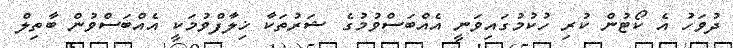
ދުވަހު އެ ކޯޓުން ކުރި ހުކުމުގައިވަނީ އެއްބަސްވުމުގެ ޝަރުތަކާ ޚިލާފްވުމަކީ އެއްބަސްވުން ބާތިލް